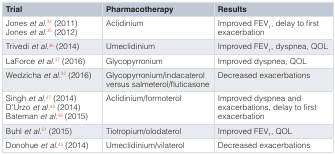
| Trial | Pharmacotherapy | Results |
 | --- | --- | --- |
 | Joneset al.34 (2011)Joneset al.35 (2012) | Aclidinium | Improved FEV1, delay to firstexacerbation |
 | Trivediet al.36 (2014) | Umeclidinium | Improved FEV1, dyspnea, QOL |
 | LaForceet al.37 (2016) | Glycopyrronium | Improved dyspnea, QOL |
 | Wedzichaet al.32 (2016) | Glycopyrronium/indacaterolversus salmeterol/fluticasone | Decreased exacerbations |
 | Singhet al.47 (2014)D’Urzoet al.48 (2014)Batemanet al.49 (2015) | Aclidinium/formoterol | Improved dyspnea andexacerbations, delay to firstexacerbation |
 | Buhlet al.51 (2015) | Tiotropium/olodaterol | Improved FEV1, QOL |
 | Donohueet al.45 (2014) | Umeclidinium/vilaterol | Decreased exacerbations |